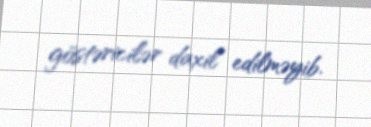
göstəricilər daxil edilməyib.